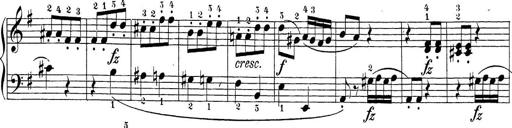
Title: Sonatina Album
Composer: Louis KÃ¶hler